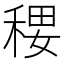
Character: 𰨭